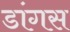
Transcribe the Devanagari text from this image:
डांगस